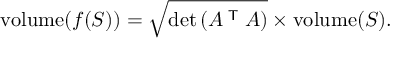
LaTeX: \operatorname { v o l u m e } ( f ( S ) ) = { \sqrt { \operatorname* { d e t } \left( A ^ { \textsf { T } } A \right) } } \times \operatorname { v o l u m e } ( S ) .